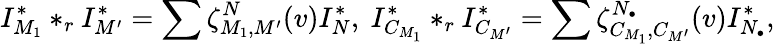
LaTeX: I_{M_{1}}^{*}*_{r}I_{M^{\prime}}^{*}=\sum\zeta_{M_{1},M^{\prime}}^{N}(v)I_{N}^{*},\ I_{C_{M_{1}}}^{*}*_{r}I_{C_{M^{\prime}}}^{*}=\sum\zeta_{C_{M_{1}},C_{M^{\prime}}}^{N_{\bullet}}(v)I_{N_{\bullet}}^{*},